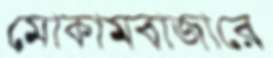
মোকামবাজারে